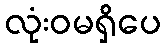
လုံးဝမရှိပေ